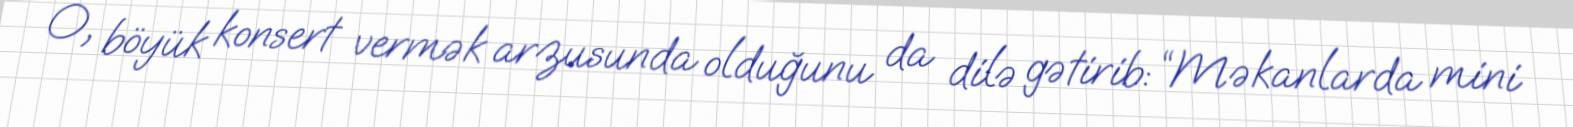
O, böyük konsert vermək arzusunda olduğunu da dilə gətirib: “Məkanlarda mini